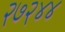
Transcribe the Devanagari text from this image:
२७२४४